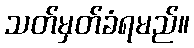
သတ်မှတ်ခံရမည်။